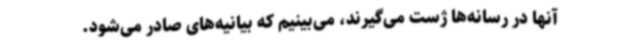
آنها در رسانه‌ها ژست می‌گیرند، می‌بینیم که بیانیه‌های صادر می‌شود.